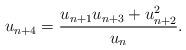
LaTeX: \begin{align*}u_{n+4} = \frac{u_{n+1} u_{n+3} + u_{n+2}^2}{u_n}.\end{align*}